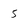
Character: 5